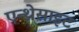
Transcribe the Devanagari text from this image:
एन्थ्रेसाइट